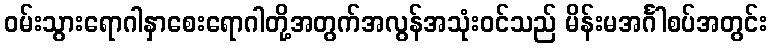
ဝမ်းသွားရောဂါနှာစေးရောဂါတို့အတွက်အလွန်အသုံးဝင်သည် မိန်းမအင်္ဂါစပ်အတွင်း